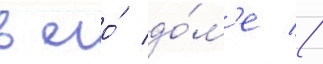
в его́ до́м'е //